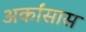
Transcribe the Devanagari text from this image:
अर्कांसास